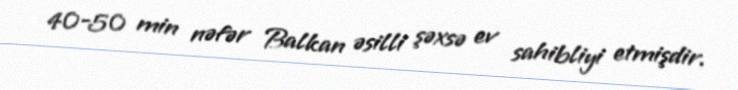
40-50 min nəfər Balkan əsilli şəxsə ev sahibliyi etmişdir.